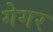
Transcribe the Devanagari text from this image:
गेगर